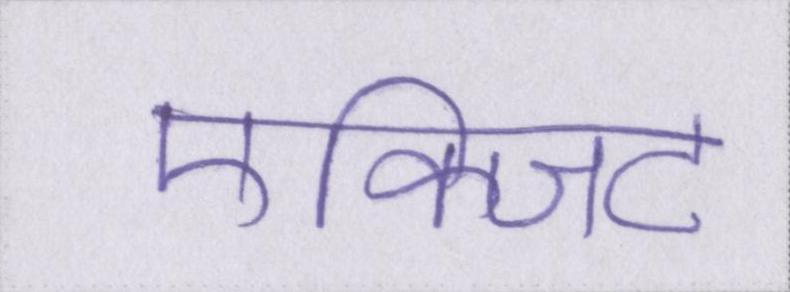
एक्जिट